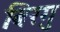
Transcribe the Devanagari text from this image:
बिरगु